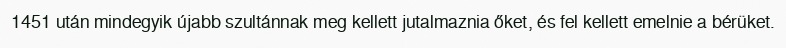
1451 után mindegyik újabb szultánnak meg kellett jutalmaznia őket, és fel kellett emelnie a bérüket.